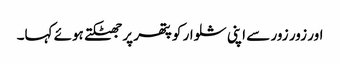
اور زور زور سے اپنی شلوار کو پتھر پر جھٹکتے ہوئے کہا۔